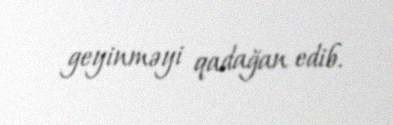
geyinməyi qadağan edib.